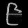
Digit: ၉